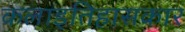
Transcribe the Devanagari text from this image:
कलाइतिहासकार